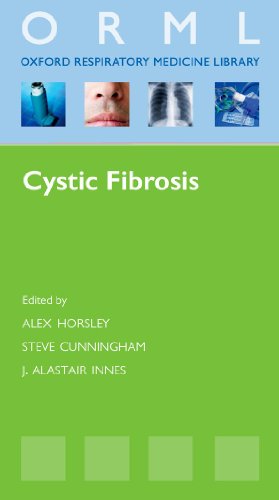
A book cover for Cystic Fibrosis (Oxford Respiratory Medicine Library); Alex Horsley; Health, Fitness & Dieting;